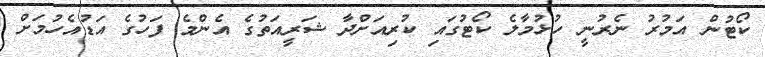
ކޯޓުން އަމުރު ނެރުނީ ހުޅުމާލެ ކޯޓުގައި ކުރިއަށްދާ ޝަރީއަތުގެ އެންމެ ފަހުގެ އަޑުއެހުމަށް